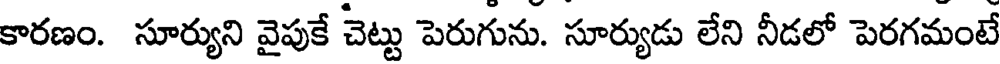
కారణం. సూర్యుని వైపుకే చెట్టు పెరుగును. సూర్యుడు లేని నీడలో పెరగమంటే